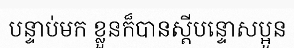
បន្ទាប់មក ខ្លួនក៏បានស្តីបន្ទោសប្អូន